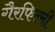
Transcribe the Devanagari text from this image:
गैरफिल्मी